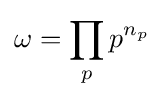
\omega =\prod _{p}p^{n_{p}}